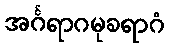
အင်္ဂရာဂမုခရာဂံ